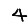
Digit: 4